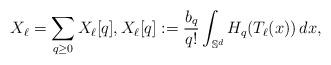
LaTeX: \begin{align*}X_\ell = \sum_{q\ge 0} X_\ell[q], X_\ell[q]:= \frac{b_q}{q!} \int_{\mathbb S^d} H_q(T_\ell(x))\,dx,\end{align*}